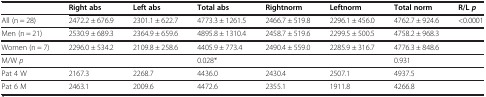
<table><thead><tr><td><b> </b></td><td><b>Right abs</b></td><td><b>Left abs</b></td><td><b>Total abs</b></td><td><b>Rightnorm</b></td><td><b>Leftnorm</b></td><td><b>Total norm</b></td><td><b>R/L <i>p</i></b></td></tr></thead><tbody><tr><td>All (n = 28)</td><td>2472.2 ± 676.9</td><td>2301.1 ± 622.7</td><td>4773.3 ± 1261.5</td><td>2466.7 ± 519.8</td><td>2296.1 ± 456.0</td><td>4762.7 ± 924.6</td><td>&lt;0.0001</td></tr><tr><td>Men (n = 21)</td><td>2530.9 ± 689.3</td><td>2364.9 ± 659.6</td><td>4895.8 ± 1310.4</td><td>2458.7 ± 519.6</td><td>2299.5 ± 500.5</td><td>4758.2 ± 968.3</td><td> </td></tr><tr><td>Women (n = 7)</td><td>2296.0 ± 534.2</td><td>2109.8 ± 258.6</td><td>4405.9 ± 773.4</td><td>2490.4 ± 559.0</td><td>2285.9 ± 316.7</td><td>4776.3 ± 848.6</td><td> </td></tr><tr><td>M/W <i>p</i></td><td> </td><td> </td><td>0.028*</td><td> </td><td> </td><td>0.931</td><td> </td></tr><tr><td>Pat 4 W</td><td>2167.3</td><td>2268.7</td><td>4436.0</td><td>2430.4</td><td>2507.1</td><td>4937.5</td><td> </td></tr><tr><td>Pat 6 M</td><td>2463.1</td><td>2009.6</td><td>4472.6</td><td>2355.1</td><td>1911.8</td><td>4266.8</td><td> </td></tr></tbody></table>